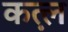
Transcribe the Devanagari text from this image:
कत़्ल